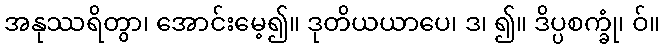
အနုဿရိတွာ၊ အောင်းမေ့၍။ ဒုတိယယာပေ၊ ဒ၊ ၍။ ဒိပ္ပစက္ခုံ၊ ဝ်။